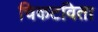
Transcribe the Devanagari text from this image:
चिकटविता